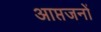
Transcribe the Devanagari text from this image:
आप्तजनों